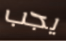
يجب